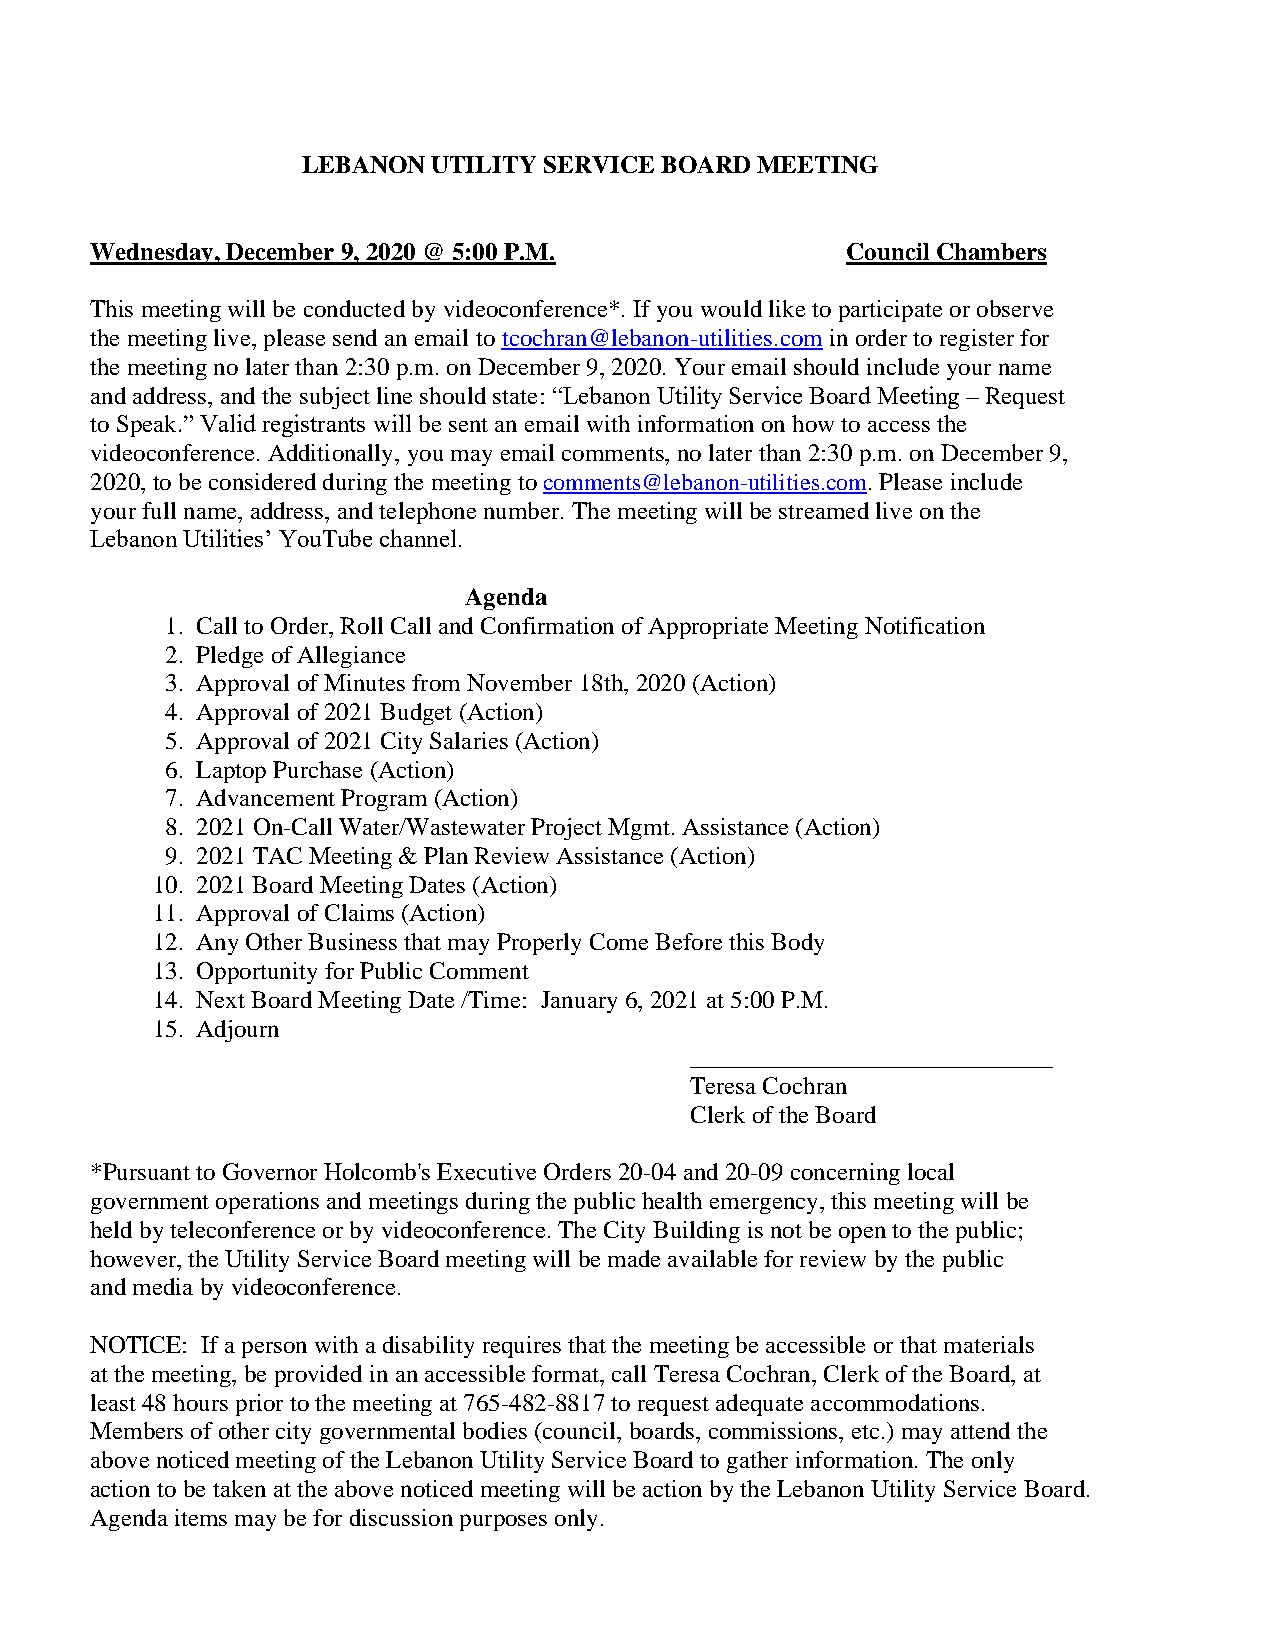
LEBANON  UTILITY SERVICE BOARD MEETING
 Wednesday, December 9, 2020 @ 5:00 P.M.           Council Chambers
 This meeting will be conducted by videoconference*. If you would like to participate or observe
 the meeting live, please send an email to tcochran@lebanon-utilities.com in order to register for
 the meeting no later than 2:30 p.m. on December 9, 2020. Your email should include your name
 and address, and the subject line should state: “Lebanon Utility Service Board Meeting – Request
 to Speak.” Valid registrants will be sent an email with information on how to access the
 videoconference. Additionally, you may email comments, no later than 2:30 p.m. on December 9,
 2020, to be considered during the meeting to comments@lebanon-utilities.com. Please include
 your full name, address, and telephone number. The meeting will be streamed live on the
 Lebanon Utilities’ YouTube channel.
 Agenda
 1. Call to Order, Roll Call and Confirmation of Appropriate Meeting Notification
 2. Pledge of Allegiance
 3. Approval of Minutes from November 18th, 2020 (Action)
 4. Approval of 2021 Budget (Action)
 5. Approval of 2021 City Salaries (Action)
 6. Laptop Purchase (Action)
 7. Advancement Program (Action)
 8. 2021 On-Call Water/Wastewater Project Mgmt. Assistance (Action)
 9. 2021 TAC Meeting & Plan Review Assistance (Action)
 10. 2021 Board Meeting Dates (Action)
 11. Approval of Claims (Action)
 12. Any Other Business that may Properly Come Before this Body
 13. Opportunity for Public Comment
 14. Next Board Meeting Date /Time: January 6, 2021 at 5:00 P.M.
 15. Adjourn
 _____________________________
 Teresa Cochran
 Clerk of the Board
 *Pursuant to Governor Holcomb's Executive Orders 20-04 and 20-09 concerning local
 government operations and meetings during the public health emergency, this meeting will be
 held by teleconference or by videoconference. The City Building is not be open to the public;
 however, the Utility Service Board meeting will be made available for review by the public
 and media by videoconference.
 NOTICE: If a person with a disability requires that the meeting be accessible or that materials
 at the meeting, be provided in an accessible format, call Teresa Cochran, Clerk of the Board, at
 least 48 hours prior to the meeting at 765-482-8817 to request adequate accommodations.
 Members of other city governmental bodies (council, boards, commissions, etc.) may attend the
 above noticed meeting of the Lebanon Utility Service Board to gather information. The only
 action to be taken at the above noticed meeting will be action by the Lebanon Utility Service Board.
 Agenda items may be for discussion purposes only.